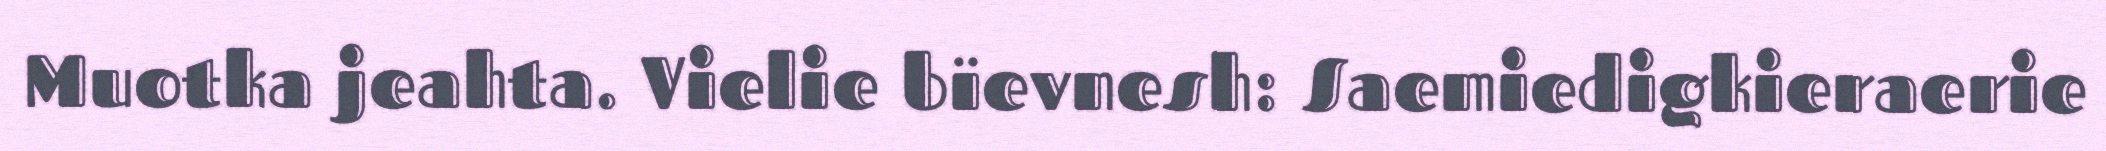
Muotka jeahta. Vielie bïevnesh: Saemiedigkieraerie